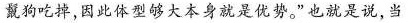
只鬣狗吃掉，因此体型够大本身就是优势。”也就是说，当